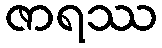
ဇာရဿ